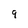
Character: 9